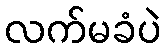
လက်မခံပဲ